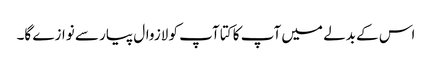
اس کے بدلے میں آپ کا کتا آپ کو لازوال پیار سے نوازے گا۔